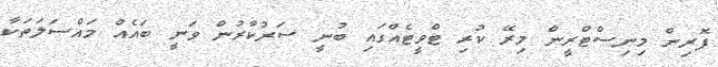
ފޮރިން މިނިސްޓްރީން މިރޭ ކުރި ޓްވީޓެއްގައި ބުނީ ސަރުކާރުން ވަނީ ބައެއް މައްސަލަތަކާ